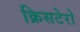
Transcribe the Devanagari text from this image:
क्रिसटेरो